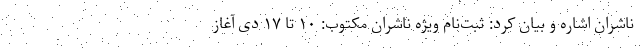
ناشران اشاره و بیان کرد: ثبت‌نام ویژه ناشران مکتوب: ۱۰ تا ۱۷ دی آغاز